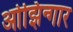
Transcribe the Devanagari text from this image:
ओझिन्गार